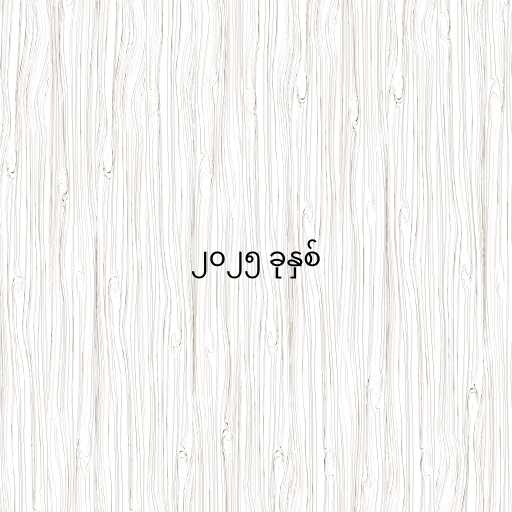
၂၀၂၅ ခုနှစ်